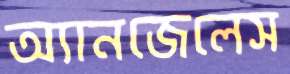
অ্যানজেলেস